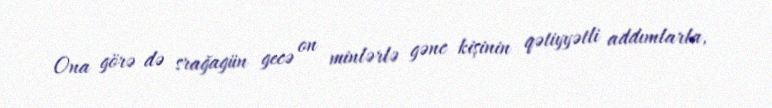
Ona görə də srağagün gecə on minlərlə gənc kişinin qətiyyətli addımlarla,